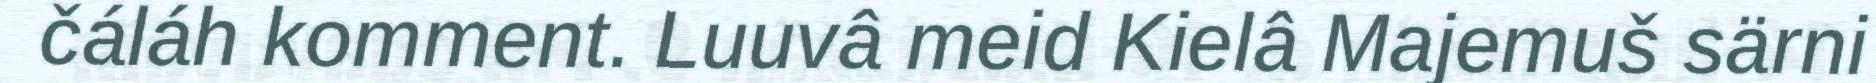
čáláh komment. Luuvâ meid Kielâ Majemuš särni